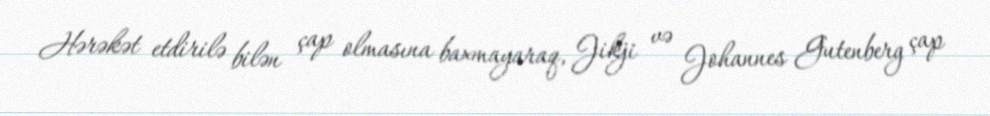
Hərəkət etdirilə bilən çap olmasına baxmayaraq, Jikji və Johannes Gutenberg çap